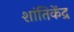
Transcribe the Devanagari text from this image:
शांतिकेंद्र